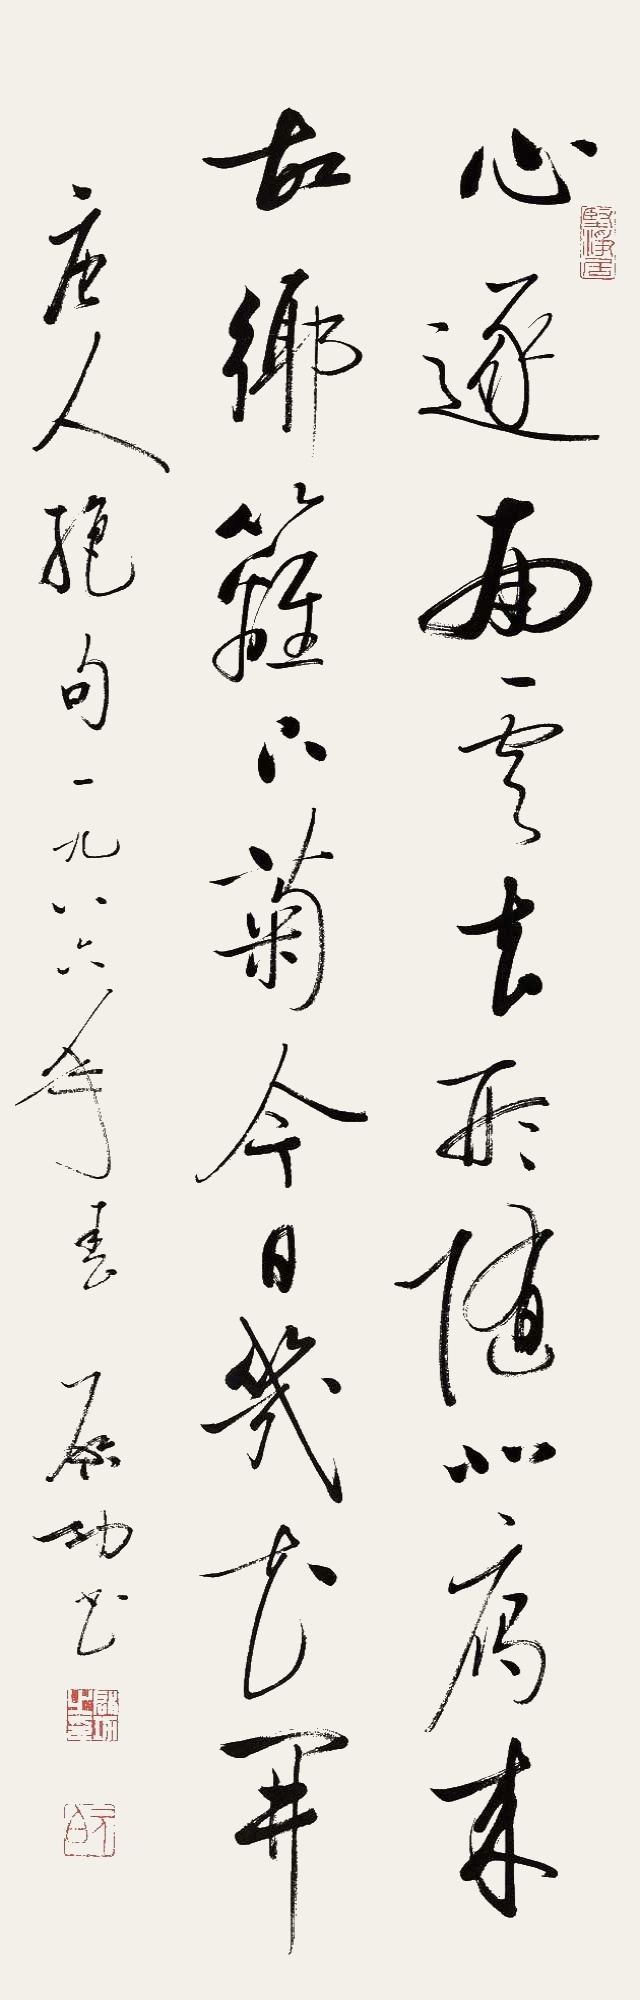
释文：心逐南云去，形随北雁来。故乡篱下菊，今日几花开。唐人绝句。一九八六年春，启功书。